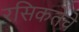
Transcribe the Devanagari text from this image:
रसिकतेचे